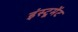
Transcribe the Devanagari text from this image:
इंस्टूमेंट